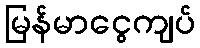
မြန်မာငွေကျပ်